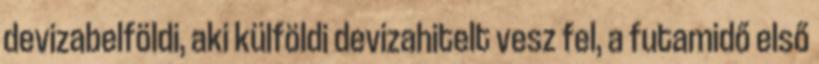
devizabelföldi, aki külföldi devizahitelt vesz fel, a futamidő első